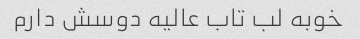
خوبه لب تاب عالیه دوسش دارم